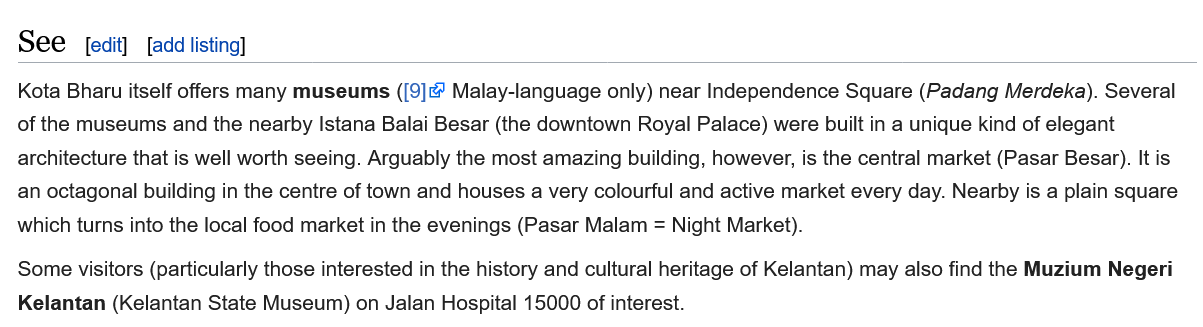
See
  Kota Bharu itself offers many museums ([9] Malay-language only) near Independence Square (Padang Merdeka). Several
  of the museums and the nearby Istana Balai Besar (the downtown Royal Palace) were built in a unique kind of elegant
  architecture that is well worth seeing. Arguably the most amazing building, however, is the central market (Pasar Besar). It is
  an octagonal building in the centre of town and houses a very colourful and active market every day. Nearby is a plain square
  which turns into the local food market in the evenings (Pasar Malam = Night Market).
  Some visitors (particularly those interested in the history and cultural heritage of Kelantan) may also find the Muzium Negeri
  Kelantan (Kelantan State Museum) on Jalan Hospital 15000 of interest.
     [edit] [add listing]